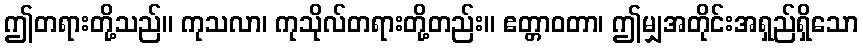
ဤတရားတို့သည်။ ကုသလာ၊ ကုသိုလ်တရားတို့တည်း။ ဧတ္တာဝတာ၊ ဤမျှအတိုင်းအရှည်ရှိသော